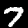
Digit: 7